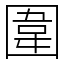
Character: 圍